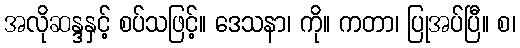
အလိုဆန္ဒနှင့် စပ်သဖြင့်။ ဒေသနာ၊ ကို။ ကတာ၊ ပြုအပ်ပြီ။ စ၊